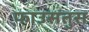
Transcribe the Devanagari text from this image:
फाउसतुस